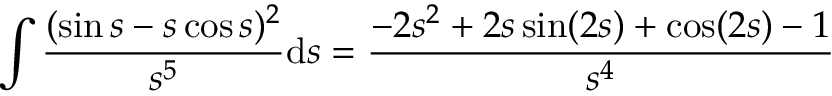
\int \frac { ( \sin s - s \cos s ) ^ { 2 } } { s ^ { 5 } } \mathrm { d } s = \frac { - 2 s ^ { 2 } + 2 s \sin ( 2 s ) + \cos ( 2 s ) - 1 } { s ^ { 4 } }